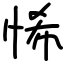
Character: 悕